Scottish Leaving Certificate Examination, 1951
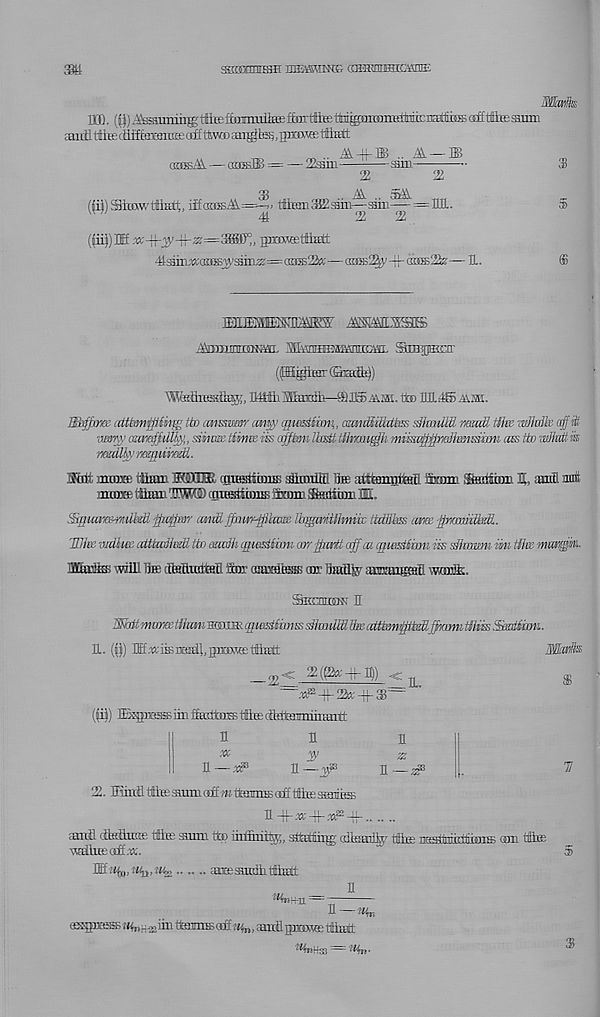
m
saranisH BffiffiQKE QSffinnffliE'Snffi:
TIB.
_
aiiiltliEedifffaEmraEaifftliWDan^h^.girroffittiHtt
(WsIA —
A-H-® .. A
= —^sin
5 sm-
22
22
fry^
(|i)) SimwttiHit, if£aaKA==^< tflmnSKsam—ain—= 1111.
(^ii|)H xc-\{-^> J
! \-^=3iSS 0 „ gniRffitfiffitt
^smm'aas^yaioasr=<kjs2«—aas2^ -ff aasS? - -11.
$
5
mi f^TO^rn^iK-v,- jffisiMLSSIB
itonuniBEHJ'HL M'amBffisranicm. SimoEar
(pijgiBirtSfad^)
''SlMLnsssil^, IMHifflfeidh—®U5 aim. to lllliiffi aim.
Bhffxm atttianffiihg’ tto caimumr cmt<y qfiestimi,, armdfflktfass sllmiiEl mmU ttlw wJMk off tit
iimny amieffiilttty,, mime Mime iis afftsn Ikutt tihmitffh mimtjfffpnilmmiiM aes tto wMt m
irsdlky mgiii’mH.
Mat minxe tiliaa MtdKfc catBsaiimis ^hadffl Ibs arreanitoli amm Stedibm II, sanl unit
Trmn¥ft tiiiiu; tHW© '(ut«TtcoiiK ffwim feritiun M.
ISgimia&mlM flmjpar amS. fpmrjfflxBm Itqgmifhniw ttMbss amt- pmtiiikS..
TUke mdhce aUtaihM tto muih q^ostfam corffarU off ca igiBstimu m sikmn -m tfhs ntmugM.
MrniEK mill ite ctMiitdM Sor cuiKbeair; mr ijjallte' aimiiixfHtl warik.
^Guniaw E
E. (D) IK.u'iKixadl.gnxwcettliEtt
^
21 (t$!xc -H- J)) c ^
((i|) BSsgaiBS®iin gaitorB tfce clktenmiiiaitt
HUE
m
z:
H—^
E—^
n_^
22. Hunfi iftesuitea&mtteniffioff ttbesHniesB
Marik
$
1
E -H-a*;-}f-^-U-
Eanfl dtailuiEe Iftee amm to uuftnil^;,
(dfeatil^/ HHtp nfwUrrirrftireiTB; am titte
^EeLhteaff.u'.
IEi%,!%,»%,
affiamihtftliaH;
E
®$Bt+I1
H—»!n
asguassE i
iin tomE off «(„, andi graws; lilw#
j *1rH33 rf 4n'
5
$